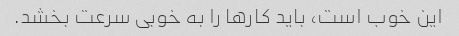
این خوب است، باید کارها را به خوبی سرعت بخشد.